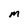
Character: M